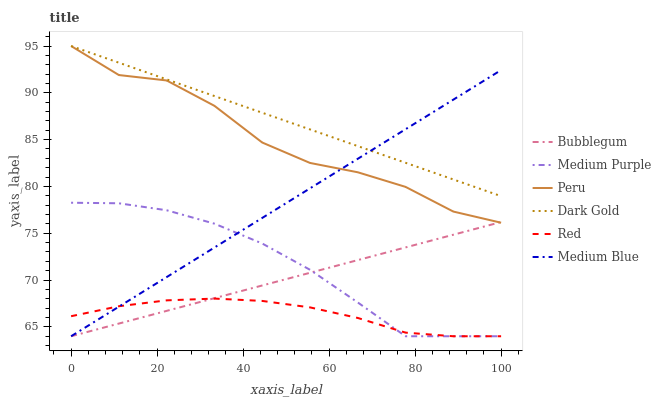
| xaxis_label | Bubblegum | Medium Purple | Peru | Dark Gold | Red | Medium Blue |
 | --- | --- | --- | --- | --- | --- | --- |
 | 0 | 64 | 78.3 | 95 | 95 | 66.1 | 64 |
 | 11.1 | 65.4 | 78.2 | 91.9 | 93.2 | 67.2 | 67.2 |
 | 22.2 | 66.7 | 77.5 | 91.3 | 91.4 | 67.8 | 70.3 |
 | 33.3 | 68.1 | 76 | 88.6 | 89.7 | 68 | 73.5 |
 | 44.4 | 69.4 | 73.9 | 84.7 | 87.9 | 67.8 | 76.6 |
 | 55.6 | 70.8 | 71.1 | 82.5 | 86.1 | 67.1 | 79.8 |
 | 66.7 | 72.1 | 67.6 | 81.5 | 84.3 | 66 | 83 |
 | 77.8 | 73.5 | 64 | 80 | 82.5 | 64.4 | 86.1 |
 | 88.9 | 74.8 | 64 | 77.3 | 80.7 | 64 | 89.3 |
 | 100 | 76.2 | 64 | 76.1 | 79 | 64 | 92.4 |